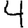
Digit: 4